system: You are a helpful assistant.
user:
Analyze the provided spectrum to determine if it is a **S-type Star**.

- **Key Indicators for S-type Star:**

    - **(Overall Spectrum Shape):** The first and most obvious characteristic is the overall continuum (the "baseline" shape). It is **extremely "red-sloping,"** meaning the flux (light intensity) is very low on the left side (blue, ~4000-4500 Å) and rises steeply and continuously toward the right side (red, ~7000 Å+).

    - **(Primary):** The spectrum is defined by the presence of strong, broad molecular absorption "valleys" (bands) from **Zirconium Oxide (ZrO)**. The identification of these bands is the **primary requirement** for classifying a star as S-type.
        - **(Key Bandheads):** You must find distinct, deep "dips" where the light has been absorbed. The most critical band systems to locate are:
            - **~6474 Å** ($\gamma$-system): This is often the strongest and clearest ZrO feature, found in the red part of the spectrum.
            - **~5718 Å** & **~5551 Å** ($\beta$-system): A pair of prominent absorption features in the yellow-orange part of the spectrum.
            - **~4640 Å** ($\alpha$-system): A key absorption band system in the blue-green region of the spectrum.

    - **(Secondary Confirmation):** The classification is strengthened by finding additional absorption bands from other related heavy element oxides, which are expected to be present alongside ZrO.
        - **(Key Bandheads):**
            - **Yttrium Oxide (YO):** Look for absorption dips near **~4800 Å** and **~6100 Å**.
            - **Lanthanum Oxide (LaO):** Additional absorption features, particularly in the red-orange part of the spectrum, are also characteristic.

    - **(Line Profile):** The combination of the steep red continuum and these numerous, deep molecular bands (ZrO, YO, etc.) gives the entire spectrum a very **"chopped-up"** or **"bumpy"** appearance. Instead of a smooth curve, the spectrum looks as though large, wide chunks of light have been "carved out" of it at the specific wavelengths listed above.

Think first, call **spectral_visualization_tool** if needed to examine features in detail, then provide your final answer. Your response must adhere to the following strict rules:
1.  **Overall Structure:** Your response must follow the format `<think>...</think> <tool_call>...</tool_call> (if a tool is used) <answer>...</answer>`.
2.  **Tool Usage Constraint:** You may only make **one** tool call per turn.
3.  **Final Answer Format:** In the `<answer>` tag, your conclusion must be inside a `\boxed{}` command (e.g., `\boxed{YES}` or `\boxed{NO}`), followed by your justification.

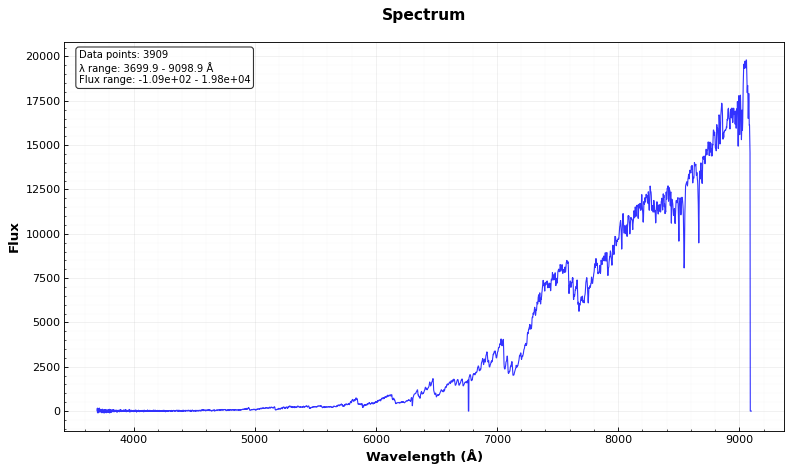
Answer: YES